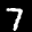
Label: 7